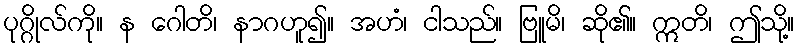
ပုဂ္ဂိုလ်ကို။ န ဂေါတိ၊ နာဂဟူ၍။ အဟံ၊ ငါသည်။ ဗြူမိ၊ ဆို၏။ ဣတိ၊ ဤသို့။